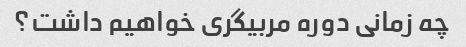
چه زمانی دوره مربیگری خواهیم داشت؟